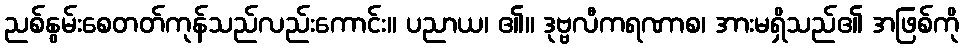
ညစ်နွမ်းစေတတ်ကုန်သည်လည်းကောင်း။ ပညာယ၊ ၏။ ဒုဗ္ဗလီကရဏာစ၊ အားမရှိသည်၏ အဖြစ်ကို